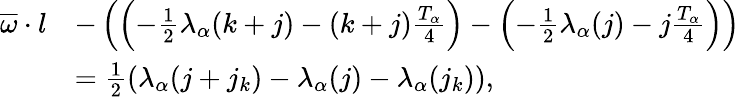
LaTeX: \begin{array}{rl}{\overline{{\omega}}\cdot l}&{-\left(\left(-\frac{1}{2}\lambda_{\alpha}(k+j)-(k+j)\frac{T_{\alpha}}4\right)-\left(-\frac{1}{2}\lambda_{\alpha}(j)-j\frac{T_{\alpha}}4\right)\right)}\\ &{=\frac{1}{2}\left(\lambda_{\alpha}(j+j_{k})-\lambda_{\alpha}(j)-\lambda_{\alpha}(j_{k})\right),}\end{array}